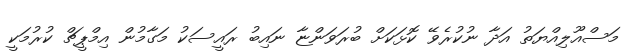
މަސްއޫލިއްޔަތު އަދާ ނުކުރެވޭ ކޮޅަކަށް ބުރަވަންޏާ ނައިބު ރައީސަކު މަގާމުން އިމްޕީޗް ކުރުމަކީ